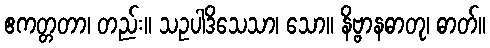
ဧကတ္တတာ၊ တည်း။ သဥပါဒိသေသာ၊ သော။ နိဗ္ဗာနဓာတု၊ ဓာတ်။